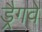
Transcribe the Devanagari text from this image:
ड्रैगवे